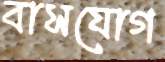
বাসযোগ